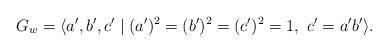
LaTeX: \begin{align*}G_w=\langle{a',b'},c'\mid(a')^2=(b')^2=(c')^2=1,~c'=a'b'\rangle.\end{align*}